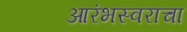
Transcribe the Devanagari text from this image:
आरंभस्वराचा